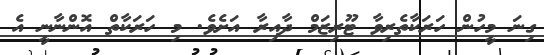
ގިނަ މީހުން ހަރަކާތެރިވާ ޓޫރިޒަމް ދާއިރާ އަށެވެ. މި ހަރަކާތް އޮންނާނީ އެ